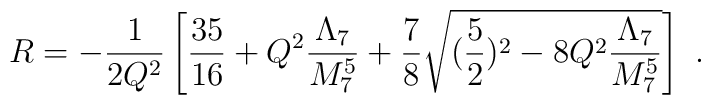
R= -\frac{1}{2Q^2}\left[ \frac{35}{16} + Q^2\frac{\Lambda_7}{M_7^5}     + \frac{7}{8}     \sqrt{(\frac{5}{2})^2 - 8 Q^2\frac{\Lambda_7}{M_7^5}}\right]~.